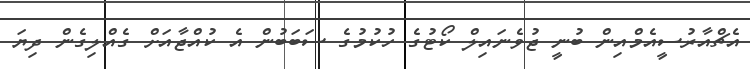
އެޗްއާރުސީއެމްއިން ބުނީ ޖުވެނައިލް ކޯޓުގެ ހުކުމުގެ ސަބަބުން އެ ކުއްޖާއަށް ގެއްލިގެން ދިޔަ